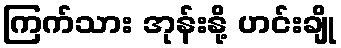
ကြက်သား အုန်းနို့ ဟင်းချို